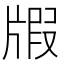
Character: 𤗜